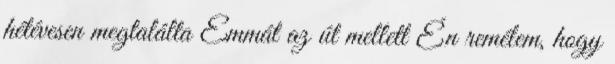
hétévesen megtalálta Emmát az út mellett Én remélem, hogy